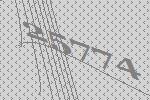
25774